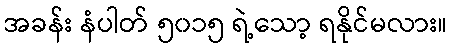
အခန်း နံပါတ် ၅၀၁၅ ရဲ့သော့ ရနိုင်မလား။